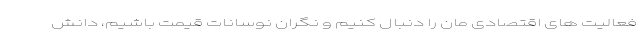
فعالیت های اقتصادی مان را دنبال کنیم و نگران نوسانات قیمت باشیم، دانش